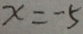
x = - 5